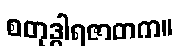
စတုဒွါရဇာတက။